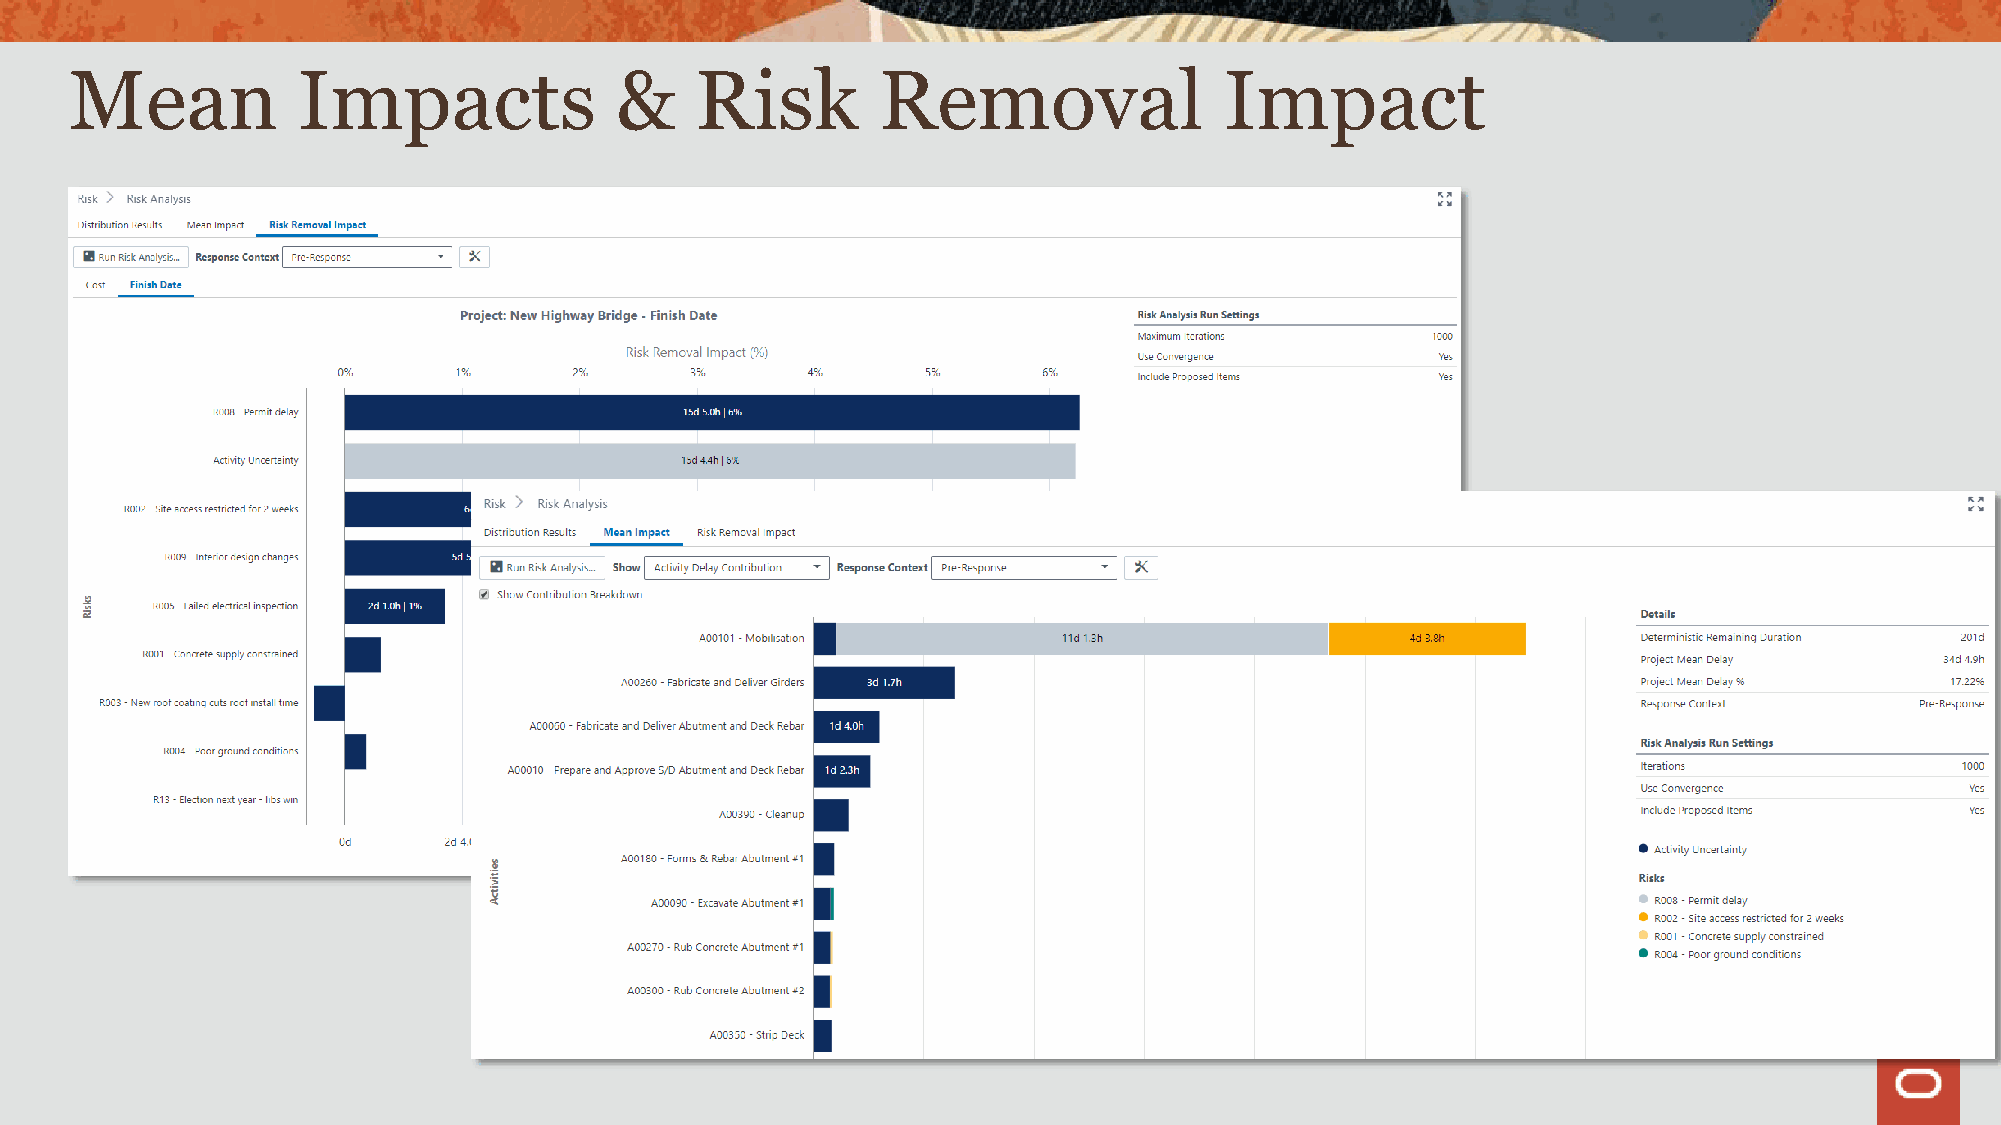
Mean           Impacts              &    Risk        Removal                Impact